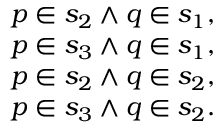
\begin{array} { l } { p \in s _ { 2 } \wedge q \in s _ { 1 } , } \\ { p \in s _ { 3 } \wedge q \in s _ { 1 } , } \\ { p \in s _ { 2 } \wedge q \in s _ { 2 } , } \\ { p \in s _ { 3 } \wedge q \in s _ { 2 } . } \end{array}